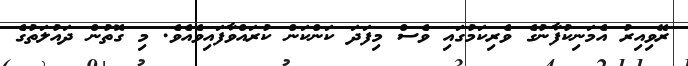
ރޭވިއިރު އެމަނިކުފާނުގެ ވެރިކަމުގައި ވެސް މިފަދަ ކަންކަން ކުރައްވާފައިވެއެވެ. މި ގޮތުން ދައުލަތުގެ